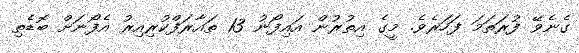
ގެނެވޭ ފުރަތަމަ ފަހަރެވެ. މީގެ އިތުރުން އައިފޯނު 13 ތައާރަފްކުރިއިރު އެފޯނަށް ބޮޑެތި